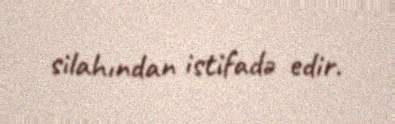
silahından istifadə edir.